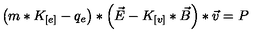
\left( m * K _ { [ e ] } - q _ { e } \right) * \left( \vec { E } - K _ { [ v ] } * \vec { B } \right) * \vec { v } = P